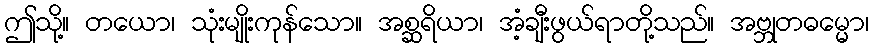
ဤသို့။ တယော၊ သုံးမျိုးကုန်သော။ အစ္ဆရိယာ၊ အံ့ချီးဖွယ်ရာတို့သည်။ အဗ္ဘုတဓမ္မော၊